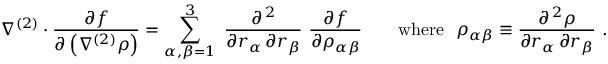
\nabla ^ { ( 2 ) } \cdot { \frac { \partial f } { \partial \left( \nabla ^ { ( 2 ) } \rho \right) } } = \sum _ { \alpha , \beta = 1 } ^ { 3 } \ { \frac { \partial ^ { \, 2 } } { \partial r _ { \alpha } \, \partial r _ { \beta } } } \ { \frac { \partial f } { \partial \rho _ { \alpha \beta } } } \qquad { \mathrm { w h e r e } } \ \ \rho _ { \alpha \beta } \equiv { \frac { \partial ^ { \, 2 } \rho } { \partial r _ { \alpha } \, \partial r _ { \beta } } } \ .